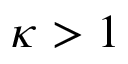
\kappa > 1